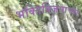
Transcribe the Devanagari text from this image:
भक्तिविजयाच्या